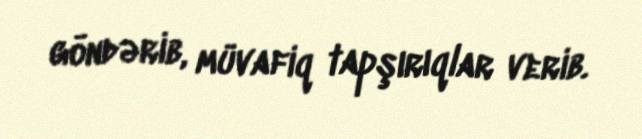
göndərib, müvafiq tapşırıqlar verib.